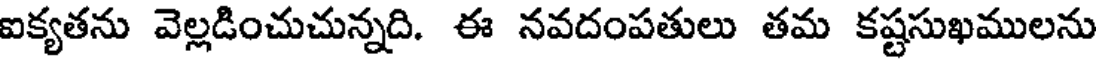
ఐక్యతను వెల్లడించుచున్నది. ఈ నవదంపతులు తమ కష్టసుఖములను